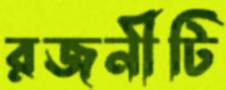
রজনীটি